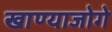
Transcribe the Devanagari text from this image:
खाण्याजोगे